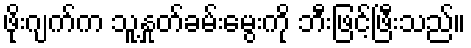
ဖိုးဂျက်က သူ့နှုတ်ခမ်းမွေးကို ဘီးဖြင့်ဖြီးသည်။